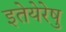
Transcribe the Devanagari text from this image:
इतेयेरेषु